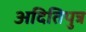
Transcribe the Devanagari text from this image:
अदितिपुत्र